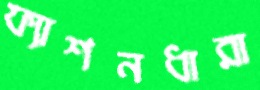
ফ্যাশনধারা